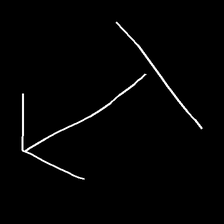
Glyph: levitation